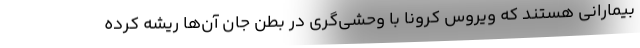
بیمارانی هستند که ویروس کرونا با وحشی‌گری در بطن جان آن‌ها ریشه کرده